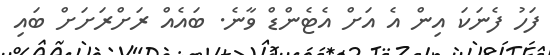
ފަހު ފެނަކަ އިން އެ އަށް އެޓެންޑް ވާނެ. ބައެއް ރަށްރަށަށް ބައި